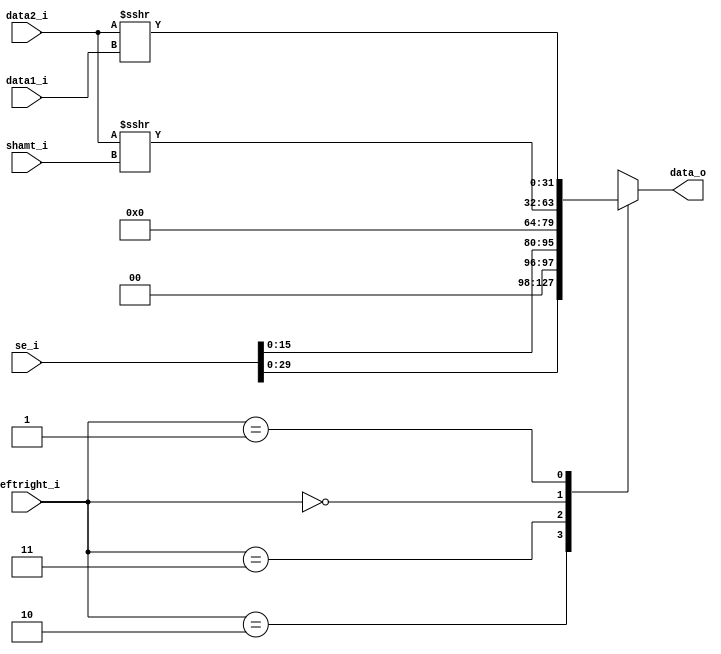

module Shift_Left_Two_32(
    se_i,
    shamt_i,
    data1_i,
    data2_i,
    leftright_i,
    data_o
    );

//I/O ports
input [32-1:0] se_i;
input [5-1:0] shamt_i;
input [32-1:0] data1_i;
input [32-1:0] data2_i;
input [2-1:0] leftright_i;
output [32-1:0] data_o;

reg     [32-1:0] data_o;

always@(*)begin
    //leftshift
    case(leftright_i)
        //branch leftshift 2
        //leftright 10
        2'b10: data_o <= se_i << 2;

        //lui leftshift 16
        //leftright 11
        2'b11: data_o <= se_i << 16;
        
        //sra
        //leftright 00
        2'b00: data_o <= $signed(data2_i) >>> shamt_i;

        //srav
        //leftright 01
        2'b01: data_o <= $signed(data2_i) >>> data1_i;
    endcase
end

endmodule